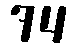
74